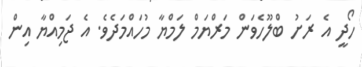
ހޯދީ އެ ރަށު ބްލޫހެވަން މަރްޔަމް ލަމްޔާ މުހައްމަދެވެ. އެ ޖަމިއްޔާ އިން